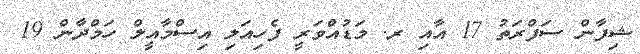
ޝިފާން ސަފްރަތު 17 އާއި ރ. މަޑުއްވަރީ ފެހިއަލި އިސްމާއީލް ހަމްދާން 19